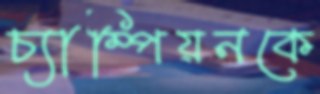
চ্যাম্পিয়নকে